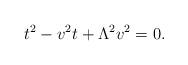
LaTeX: \begin{align*}t^2 - v^2 t + \Lambda^2 v^2 = 0.\end{align*}